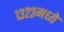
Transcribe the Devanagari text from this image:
१३२३मध्ये